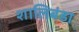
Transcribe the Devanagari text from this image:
शालिबंडा